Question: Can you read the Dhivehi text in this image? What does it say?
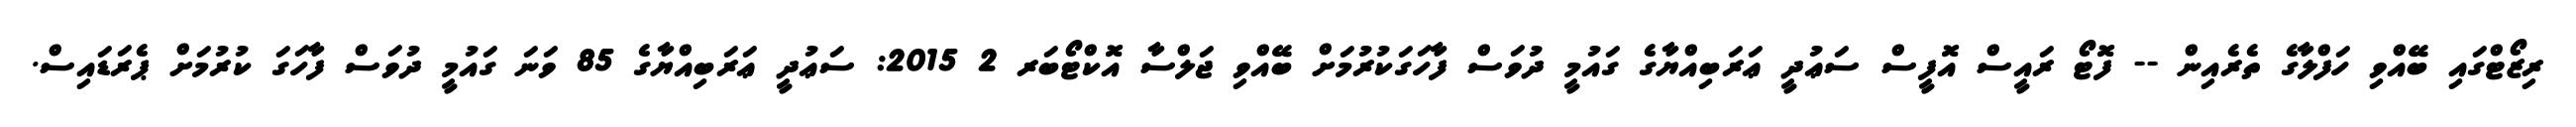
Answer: ރިޒޯޓްގައި ބޭއްވި ހަފްލާގެ ތެރެއިން -- ފޮޓޯ ރައީސް އޮފީސް ސަޢުދީ ޢަރަބިއްޔާގެ ގައުމީ ދުވަސް ފާހަގަކުރުމަށް ބޭއްވި ޖަލްސާ އޮކްޓޯބަރ 2 2015: ސަޢުދީ ޢަރަބިއްޔާގެ 85 ވަނަ ގައުމީ ދުވަސް ފާހަގަ ކުރުމަށް ޕެރަޑައިސް.